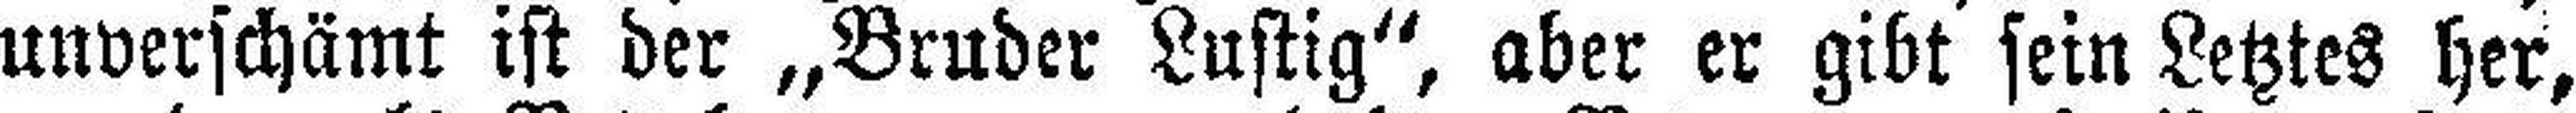
unverschämt ist der „Bruder Lustig“, aber er gibt sein Letztes her,